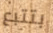
بتتبع